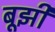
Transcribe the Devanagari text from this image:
बूझी